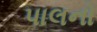
પાલનો